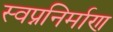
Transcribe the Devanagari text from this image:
स्वप्ननिर्माण